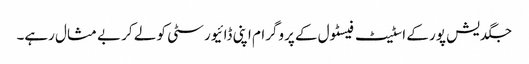
جگدیش پور کے اسٹیٹ فیسٹول کے پروگرام اپنی ڈائیورسٹی کو لے کر بے مثال رہے۔